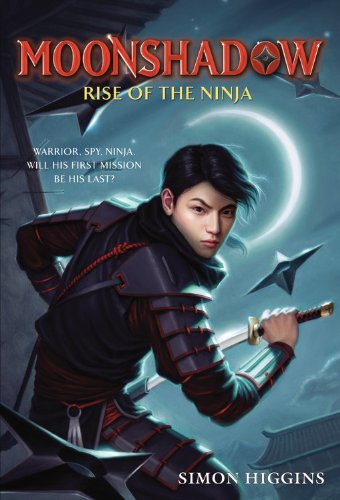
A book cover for Moonshadow: Rise of the Ninja; Simon Higgins; Children's Books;